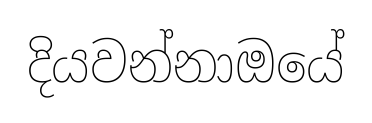
දියවන්නාඔයේ